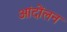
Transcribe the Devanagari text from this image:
आंदोंलन